Leningradi_Edasi_toimetus, lk 89
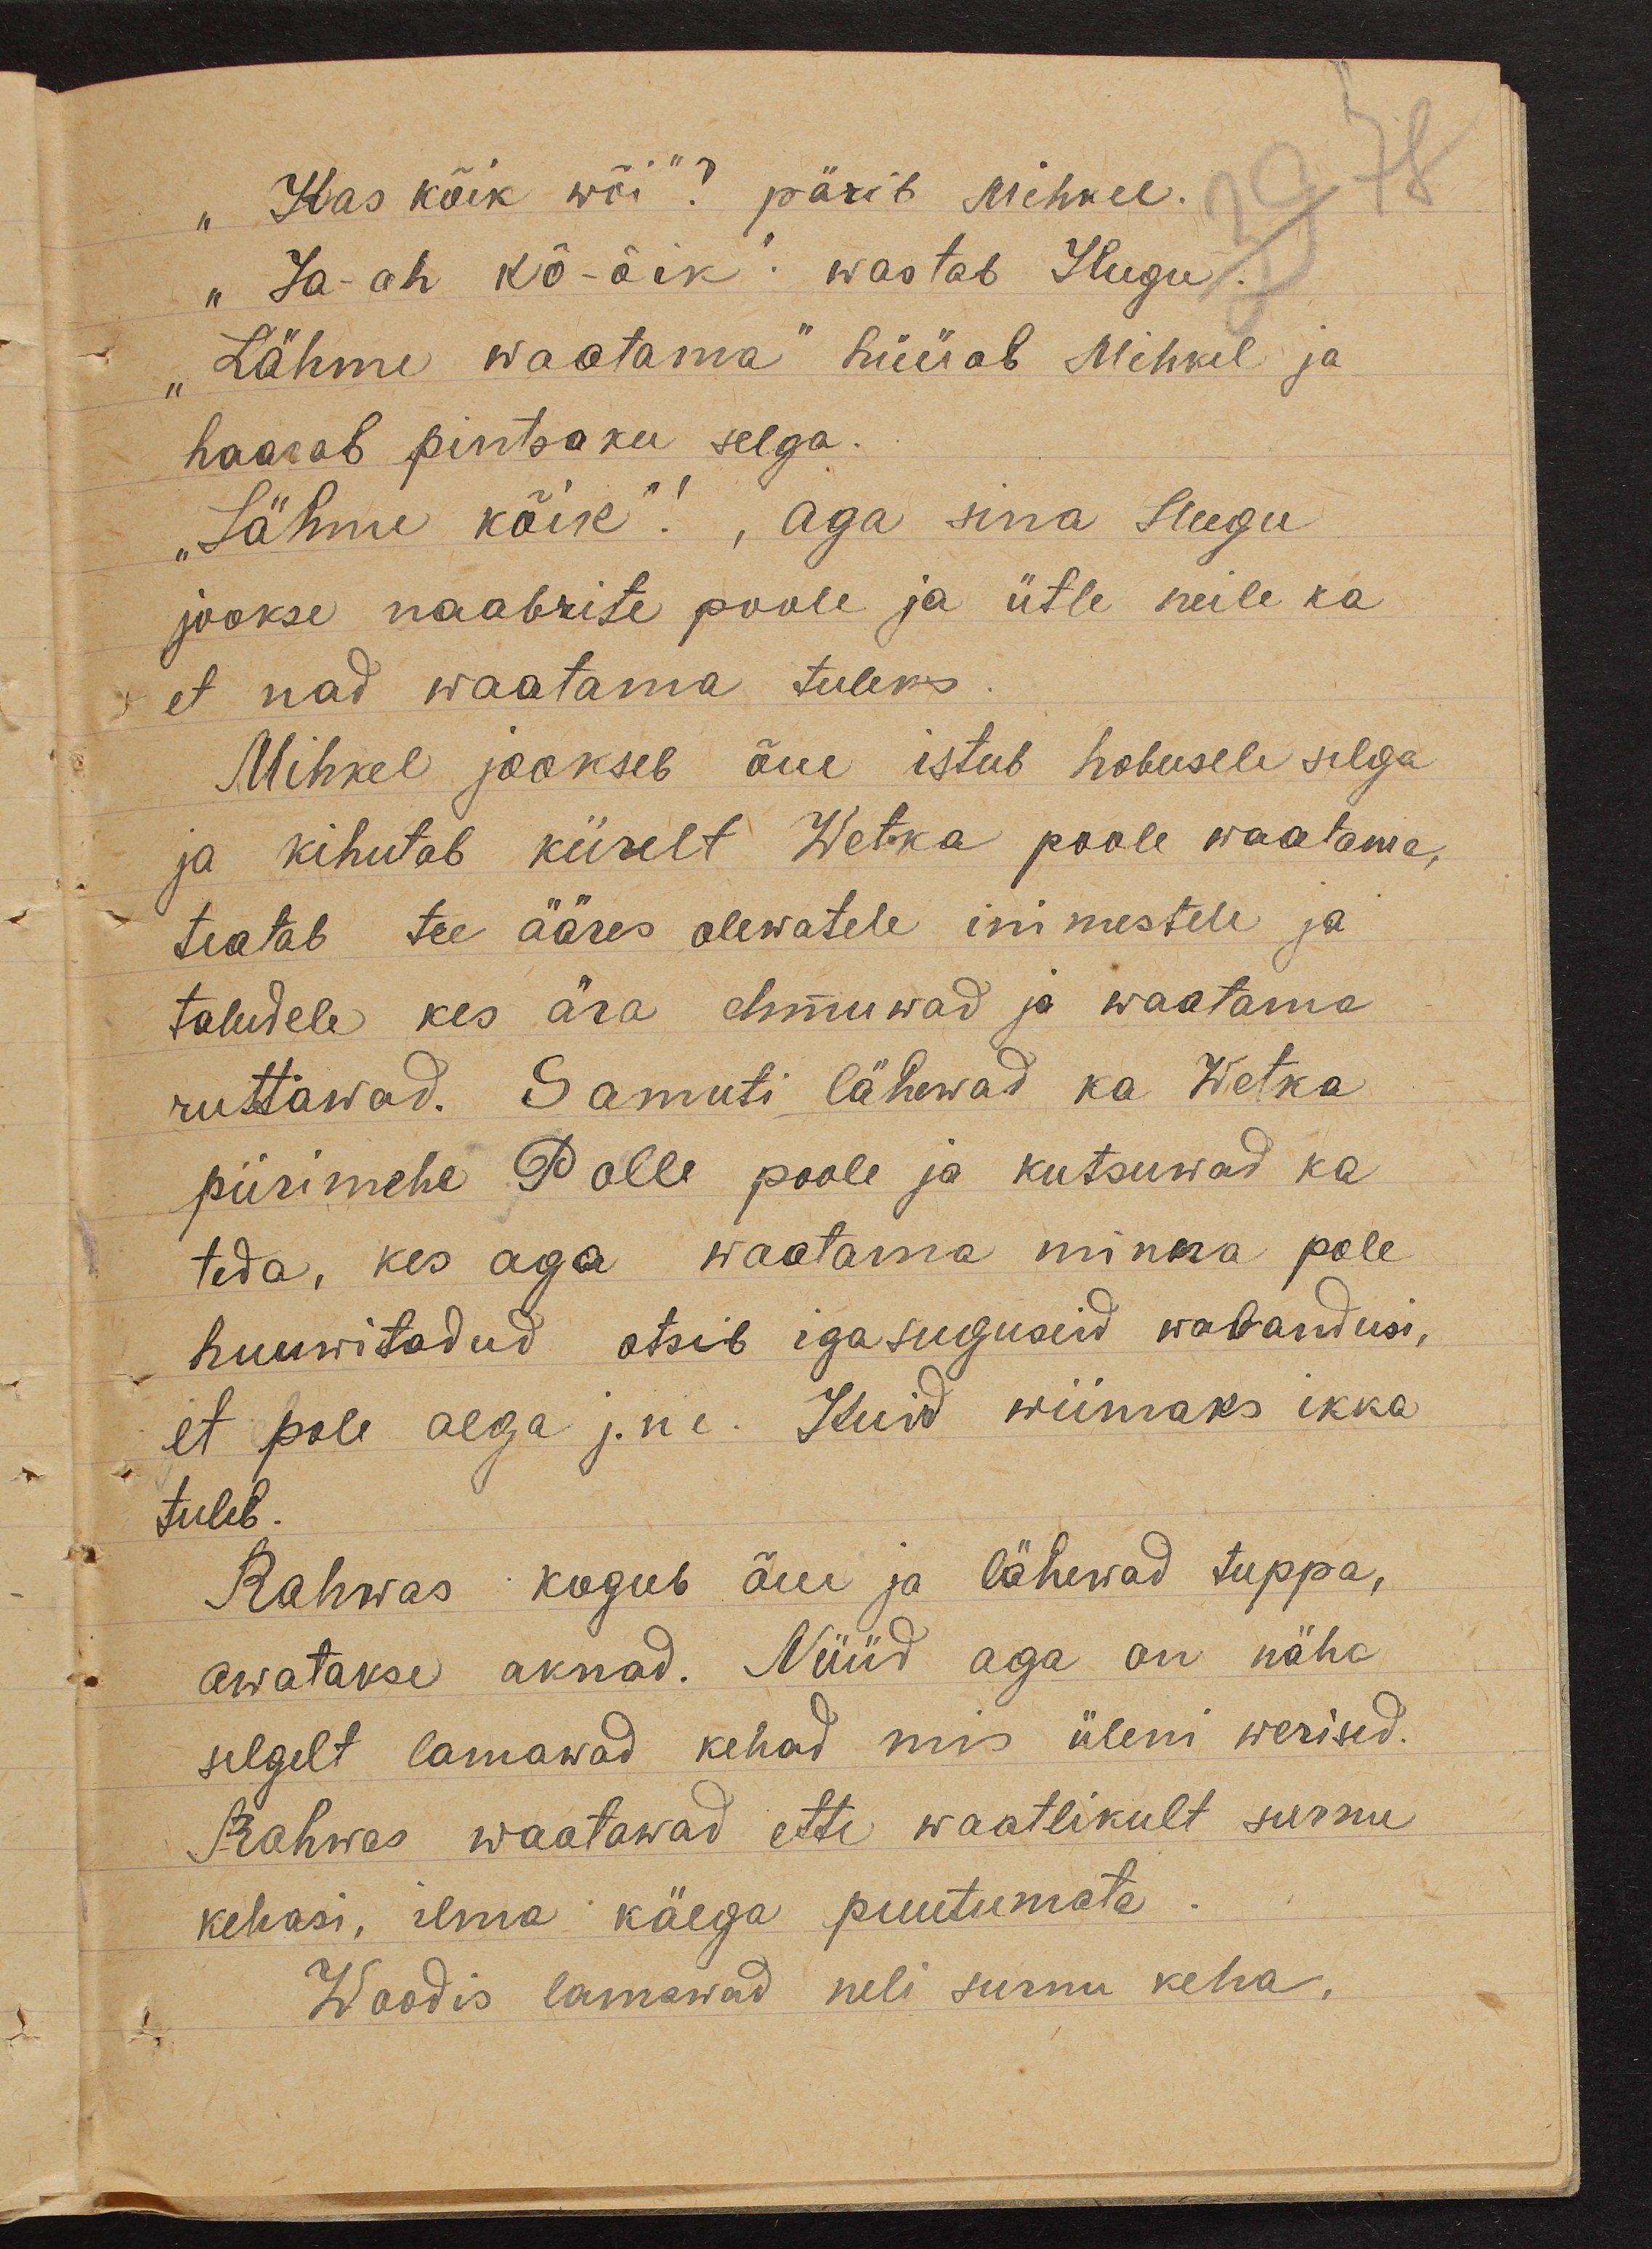
"Kas kõik wõi"? pärib Mihkel.
"Ja-ah kõ-õik". wastab Hugu
"Lähme waatama" hüüab Mihkel ja
haarab pintsaku selga.
"Lähme kõik"!, aga sina Hugu
jookse naabrite poole ja ütle neile ka
et nad waatama tuleks
Mihkel jookseb õue istub hobusele selga
ja kihutab kiirelt Wetka poole waatama,
teatab tee ääres olewatele inimestele ja
taludele kes ära ehmuwad ja waatama
ruttawad. Samuti lähewad ka Wetka
piirimehe Polle poole ja kutsuwad ka
teda, kes aga waatama minna pole
huuwitadud otsib igasuguseid wabandusi,
et pole aega j. n e. Kuid wiimaks ikka
tuleb.
Rahwas kogub õue ja lähewad tuppa,
awatakse aknad. Nüüd aga on näha
selgelt lamawad kehad mis üleni werised.
Rahwas waatawad ette waatlikult surnu
kehasi, ilma käega puutumata
Woodis lamawad neli surnu keha,